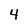
Character: 4